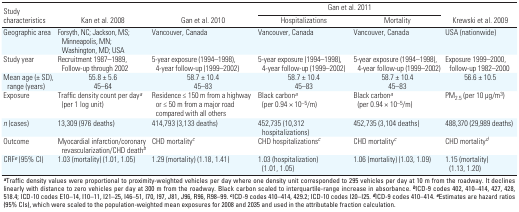
<table><thead><tr><td rowspan="2"><b>Study characteristics</b></td><td rowspan="2"><b>Kan et al. 2008 </b></td><td rowspan="2"><b>Gan et al. 2010 </b></td><td colspan="2"><b>Gan et al. 2011</b></td><td rowspan="2"><b>Krewski et al. 2009 </b></td></tr><tr><td><b>Hospitalizations</b></td><td><b>Mortality</b></td></tr></thead><tbody><tr><td><b>Geographic area</b></td><td>Forsyth, NC; Jackson, MS; Minneapolis, MN; Washington, MD; USA</td><td>Vancouver, Canada</td><td>Vancouver, Canada</td><td>Vancouver, Canada</td><td>USA (nationwide)</td></tr><tr><td><b>Study year</b></td><td>Recruitment 1987–1989, Follow-up through 2002</td><td>5-year exposure (1994–1998), 4-year follow-up (1999–2002)</td><td>5-year exposure (1994–1998), 4-year follow-up (1999–2002)</td><td>5-year exposure (1994–1998), 4-year follow-up (1999–2002)</td><td>Exposure 1999–2000, follow-up 1982–2000</td></tr><tr><td><b>Mean age (± SD), range (years)</b></td><td>55.8 ± 5.6 45–64</td><td>58.7 ± 10.4 45–83</td><td>58.7 ± 10.4 45–83</td><td>58.7 ± 10.4 45–83</td><td>56.6 ± 10.5</td></tr><tr><td><b>Exposure</b></td><td>Traffic density count per day<sup><i>a</i></sup> (per 1 log unit)</td><td>Residence ≤ 150 m from a highway or ≤ 50 m from a major road compared with all others </td><td>Black carbon<sup><i>a</i></sup> (per 0.94 × 10<sup>–5</sup>/m)</td><td>Black carbon<sup><i>a</i></sup> (per 0.94 × 10<sup>–5</sup>/m)</td><td>PM<sub>2.5</sub> (per 10 μg/m<sup>3</sup>)</td></tr><tr><td><b><i>n</i> (cases)</b></td><td>13,309 (976 deaths)</td><td>414,793 (3,133 deaths)</td><td>452,735 (10,312 hospitalizations)</td><td>452,735 (3,104 deaths)</td><td>488,370 (29,989 deaths)</td></tr><tr><td><b>Outcome</b></td><td>Myocardial infarction/coronary revascularization/CHD death<sup><i>b</i></sup></td><td>CHD mortality<sup><i>c</i></sup></td><td>CHD hospitalizations<sup><i>c</i></sup></td><td>CHD mortality<sup><i>c</i></sup></td><td>CHD mortality<sup><i>d</i></sup></td></tr><tr><td><b>CRF<sup><i>e</i></sup> (95% CI)</b></td><td>1.03 (mortality) (1.01, 1.05)</td><td>1.29 (mortality) (1.18, 1.41)</td><td>1.03 (hospitalization) (1.01, 1.05)</td><td>1.06 (mortality) (1.03, 1.09)</td><td>1.15 (mortality) (1.13, 1.20)</td></tr><tr><td colspan="6"><sup><i><b>a</b></i></sup>Traffic density values were proportional to proximity-weighted vehicles per day where one density unit corresponded to 295 vehicles per day at 10 m from the roadway. It declines linearly with distance to zero vehicles per day at 300 m from the roadway. Black carbon scaled to interquartile-range increase in absorbance. <sup><i><b>b</b></i></sup>ICD-9 codes 402, 410–414, 427, 428, 518.4; ICD-10 codes E10–14, I10–11, I21–25, I46–51, I70, I97, J81, J96, R96, R98–99. <sup><i><b>c</b></i></sup>ICD-9 codes 410–414, 429.2; ICD-10 codes I20–I25. <sup><i><b>d</b></i></sup>ICD-9 codes 410–414. <sup><i><b>e</b></i></sup>Estimates are hazard ratios (95% CIs), which were scaled to the population-weighted mean exposures for 2008 and 2035 and used in the attributable fraction calculation. </td></tr></tbody></table>